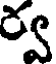
ర్వ